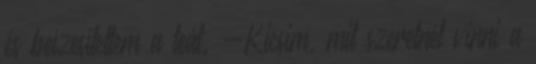
és beízesítettem a teát. -Kicsim, mit szeretnél vinni a